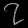
Digit: ၇